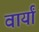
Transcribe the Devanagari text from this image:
वार्यां